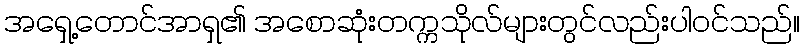
အရှေ့တောင်အာရှ၏ အစောဆုံးတက္ကသိုလ်များတွင်လည်းပါဝင်သည်။